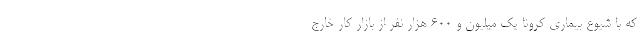
که با شیوع بیماری کرونا یک میلیون و ۶۰۰ هزار نفر از بازار کار خارج